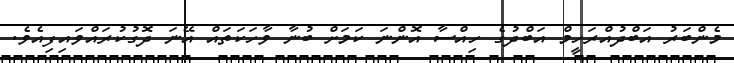
މެންބަރު އަބްދުއްރަހީމް އަބްދުގެ ހިއްސާ އޮންނަ ކަމަށް ބުނާ ވާހަކަތައް އޭނަ ދޮގުކުރައްވައިފިއެވެ.